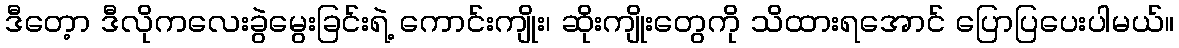
ဒီတေ့ာ ဒီလိုကလေးခွဲမွေးခြင်းရဲ့ ကောင်းကျိုး၊ ဆိုးကျိုးတွေကို သိထားရအောင် ပြောပြပေးပါမယ်။